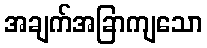
အချက်အခြာကျသော